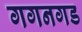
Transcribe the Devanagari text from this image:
गगनगड